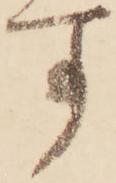
す